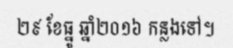
២៩ ខែធ្នូ ឆ្នាំ២០១៦ កន្លងទៅ។